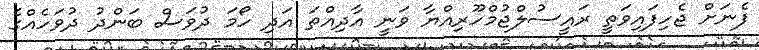
ފެނަށް ޖެހިފައިވަތީ ރައީސުލްޖުމްހޫރިއްޔާ ވަނީ އާދިއްތަ އަދި ހޯމަ ދުވަސް ބަންދު ދުވަހެއްގެ